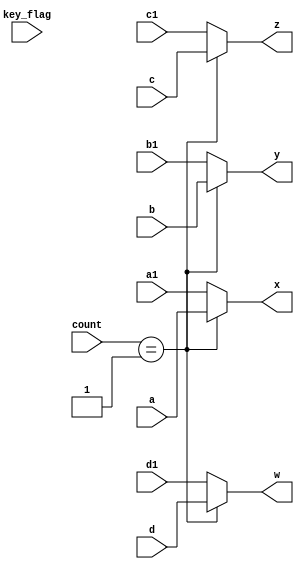
module mux (key_flag, count, a, b, c, d, a1, b1, c1, d1, x, y, z, w) ;
input key_flag;
input [3:0] count ;
input [31:0] a, b, c, d, a1, b1, c1, d1;
output reg [31:0] x, y, z, w;

always @ *//(negedge key_flag)
begin
  case ( count) 
  1:begin 
    x = a;
    y = b;
    z = c;
    w = d;
    end//1
  default: begin
    x = a1;
    y = b1;
    z = c1;
    w = d1;
    end//default
  endcase 
  //end //else 
end //always 
endmodule